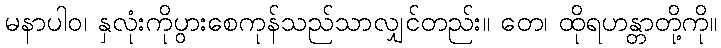
မနာပါဝ၊ နှလုံးကိုပွားစေကုန်သည်သာလျှင်တည်း။ တေ၊ ထိုရဟန္တာတို့ကို။